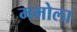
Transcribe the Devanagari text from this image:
ममोला